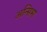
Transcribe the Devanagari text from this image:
अन्सिभा